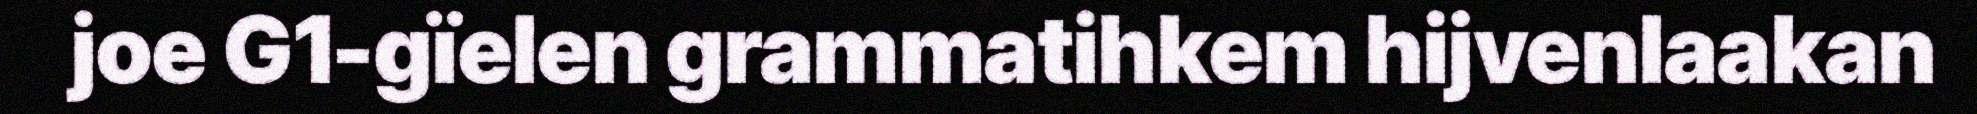
joe G1-gïelen grammatihkem hijvenlaakan